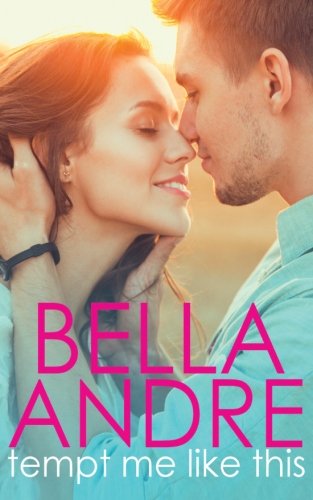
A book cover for Tempt Me Like This: The Morrisons (New Adult Contemporary Romance) (Volume 2); Bella Andre; Romance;